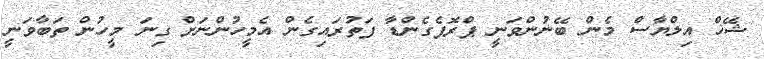
ޝޭޚް އިލްޔާސް މެން ބޭނުންވަނީ ޕްރޮޕެގެންޑާ ފަތުރައިގެން އެމީހުންނަށް ގިނަ މީހުން ތަބާވަނީ